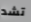
تشد